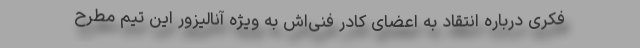
فکری درباره انتقاد به اعضای کادر فنی‌اش به ویژه آنالیزور این تیم مطرح